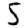
Digit: 5